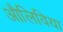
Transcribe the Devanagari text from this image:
औलिविया